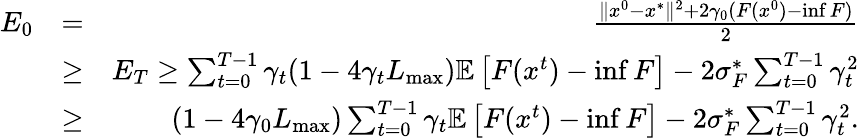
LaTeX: \begin{array}{rlr}{E_{0}}&{=}&{\frac{\Vert x^{0}-x^{*}\Vert^{2}+2\gamma_{0}(F(x^{0})-\operatorname*{inf}F)}{2}}\\ &{\geq}&{E_{T}\geq\sum_{t=0}^{T-1}\gamma_{t}(1-4\gamma_{t}L_{\operatorname*{max}})\mathbb{E}\left[F(x^{t})-\operatorname*{inf}F\right]-2\sigma_{F}^{*}\sum_{t=0}^{T-1}\gamma_{t}^{2}}\\ &{\geq}&{(1-4\gamma_{0}L_{\operatorname*{max}})\sum_{t=0}^{T-1}\gamma_{t}\mathbb{E}\left[F(x^{t})-\operatorname*{inf}F\right]-2\sigma_{F}^{*}\sum_{t=0}^{T-1}\gamma_{t}^{2}.}\end{array}